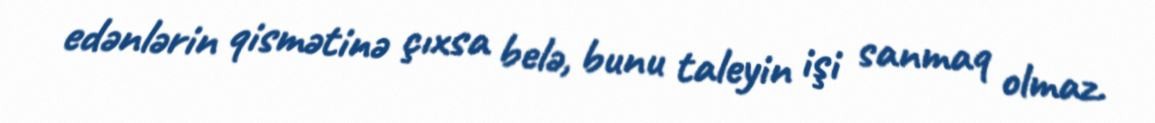
edənlərin qismətinə çıxsa belə, bunu taleyin işi sanmaq olmaz.